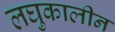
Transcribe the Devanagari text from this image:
लघुकालीन